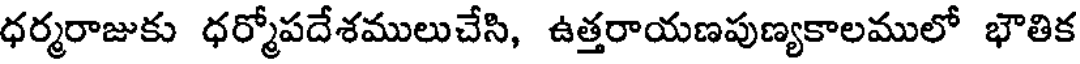
ధర్మరాజుకు ధర్మోపదేశములుచేసి, ఉత్తరాయణపుణ్యకాలములో భౌతిక